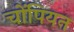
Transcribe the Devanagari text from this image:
चोंपियन